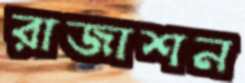
রাজাশন